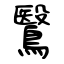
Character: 鷖